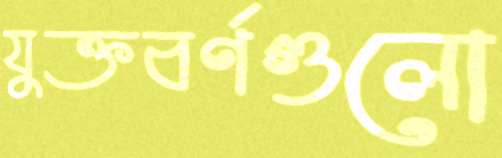
যুক্তবর্ণগুলো